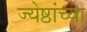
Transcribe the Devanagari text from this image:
ज्येष्ठांच्या